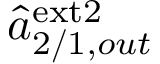
\hat { a } _ { 2 / 1 , o u t } ^ { \mathrm { e x t 2 } }